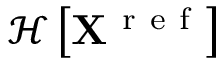
\mathcal { H } \left[ \mathbf { X } ^ { \mathrm { ~ r ~ e ~ f ~ } } \right]